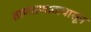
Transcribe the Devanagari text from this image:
ताणतणावापासून